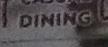
dining